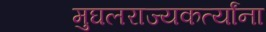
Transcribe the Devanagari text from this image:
मुघलराज्यकर्त्यांना